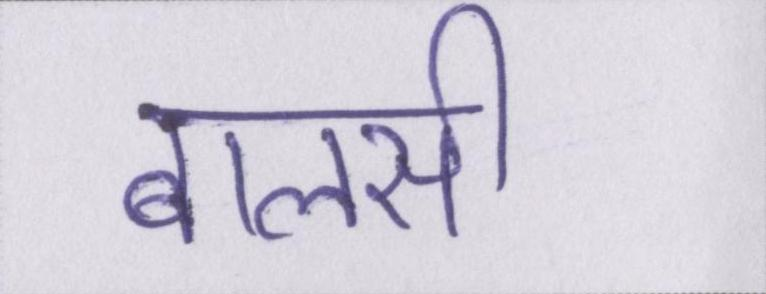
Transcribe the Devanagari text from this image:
बालसी